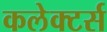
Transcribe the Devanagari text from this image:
कलेक्‍टर्स